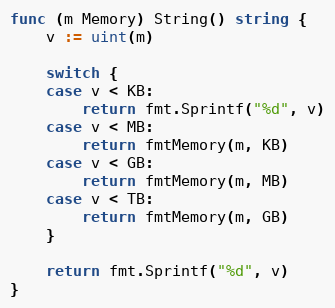
Language: Go
func (m Memory) String() string {
	v := uint(m)

	switch {
	case v < KB:
		return fmt.Sprintf("%d", v)
	case v < MB:
		return fmtMemory(m, KB)
	case v < GB:
		return fmtMemory(m, MB)
	case v < TB:
		return fmtMemory(m, GB)
	}

	return fmt.Sprintf("%d", v)
}